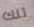
تلك